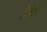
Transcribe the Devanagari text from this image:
रिबेइरो